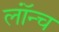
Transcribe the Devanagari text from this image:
लॉंन्च